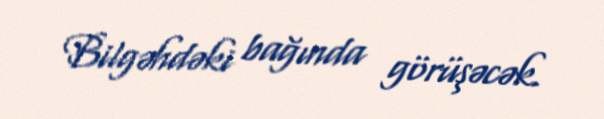
Bilgəhdəki bağında görüşəcək.